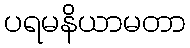
ပရမနိယာမတာ